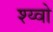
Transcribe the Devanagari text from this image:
श्य्वो